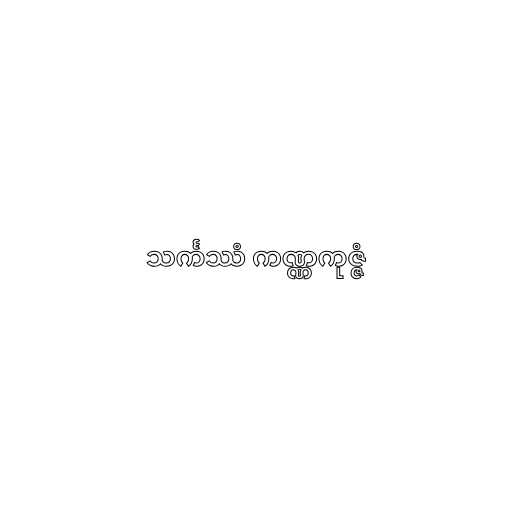
သင်္ကဿံ ကဏ္ဏကုဇ္ဇံ